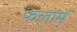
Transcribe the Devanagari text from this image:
फलोंमें